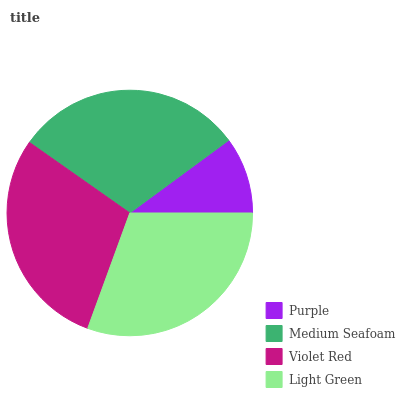
| Purple | Medium Seafoam | Violet Red | Light Green |
 | --- | --- | --- | --- |
 | 10.1% | 30.1% | 29.2% | 30.6% |